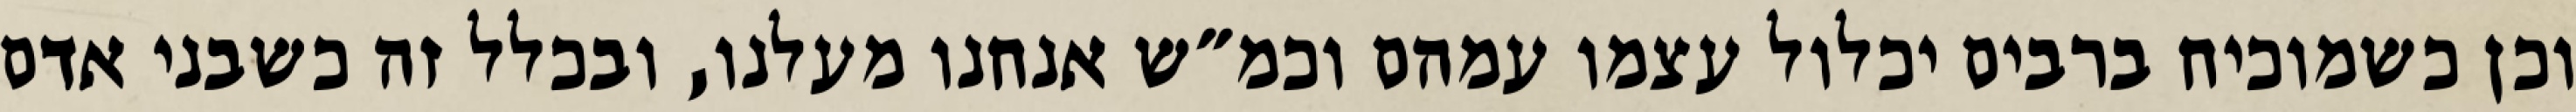
וכן כשמוכיח ברבים יכלול עצמו עמהם וכמ״ש אנחנו מעלנו, ובכלל זה כשבני אדם